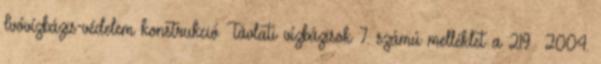
Ivóvízbázis-védelem konstrukció Távlati vízbázisok 7. számú melléklet a 219 2004.